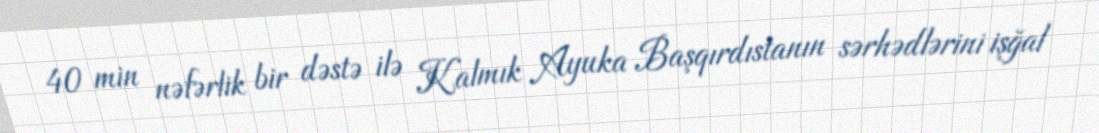
40 min nəfərlik bir dəstə ilə Kalmık Ayuka Başqırdıstanın sərhədlərini işğal